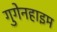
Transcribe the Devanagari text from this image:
गुगेनहाइम